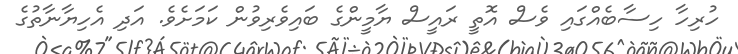
ހުރިހާ ހިސާބެއްގައި ވެސް އޮތީ ރައީސް ޔާމީންގެ ބައިވެރިވުން ކަމަށެވެ. އަދި އެހިޔާނާތުގެ